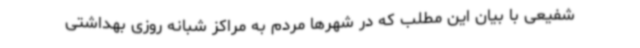
شفیعی با بیان این مطلب که در شهرها مردم به مراکز شبانه روزی بهداشتی